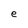
Character: e